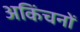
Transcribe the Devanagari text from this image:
अकिंचनों